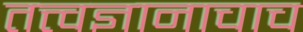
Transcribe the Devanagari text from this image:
तत्त्वज्ञानाचाच